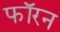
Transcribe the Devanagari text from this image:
फॉरन